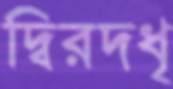
দ্বিরদধৃ